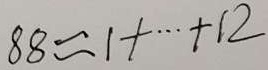
8 8 \approx 1 + \cdots + 1 2